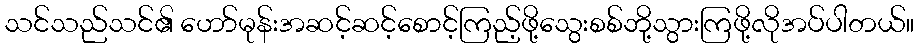
သင်သည်သင်၏ ဟော်မုန်းအဆင့်ဆင့်စောင့်ကြည့်ဖို့သွေးစစ်ဘို့သွားကြဖို့လိုအပ်ပါတယ်။